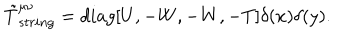
\tilde { T } _ { s t r i n g } ^ { \mu \nu } = d i a g [ U , - W , - W , - T ] \delta ( x ) \delta ( y ) .